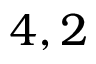
4 , 2